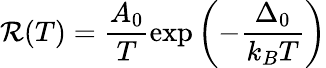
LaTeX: \mathcal{R}(T)=\frac{{A_{0}}}{{T}}\exp\left(-\frac{{\Delta_{0}}}{{k_{B}T}}\right)